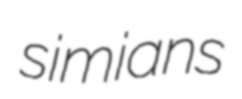
simians